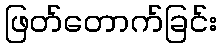
ဖြတ်တောက်ခြင်း